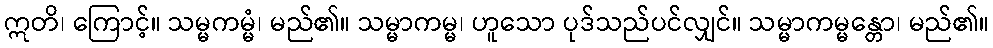
ဣတိ၊ ကြောင့်။ သမ္မကမ္မံ၊ မည်၏။ သမ္မာကမ္မ၊ ဟူသော ပုဒ်သည်ပင်လျှင်။ သမ္မာကမ္မန္တော၊ မည်၏။